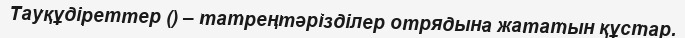
Тауқұдіреттер () – татреңтәрізділер отрядына жататын құстар.